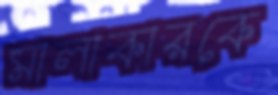
মালাকারকে